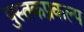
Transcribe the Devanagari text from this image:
पुस्तकप्रकल्प